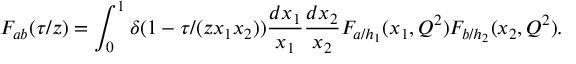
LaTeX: { \cal F } _ { a b } ( \tau / z ) = \int _ { 0 } ^ { 1 } \delta ( 1 - \tau / ( z x _ { 1 } x _ { 2 } ) ) { \frac { d x _ { 1 } } { x _ { 1 } } } { \frac { d x _ { 2 } } { x _ { 2 } } } F _ { a / h _ { 1 } } ( x _ { 1 } , Q ^ { 2 } ) F _ { b / h _ { 2 } } ( x _ { 2 } , Q ^ { 2 } ) .